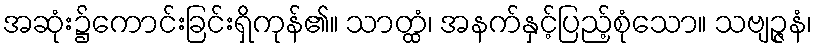
အဆုံး၌ကောင်းခြင်းရှိကုန်၏။ သာတ္ထံ၊ အနက်နှင့်ပြည့်စုံသော။ သဗျဉ္ဇနံ၊